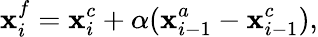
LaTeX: \mathbf{x}_{i}^{f}=\mathbf{x}_{i}^{c}+\alpha(\mathbf{x}_{i-1}^{a}-\mathbf{x}_{i-1}^{c}),